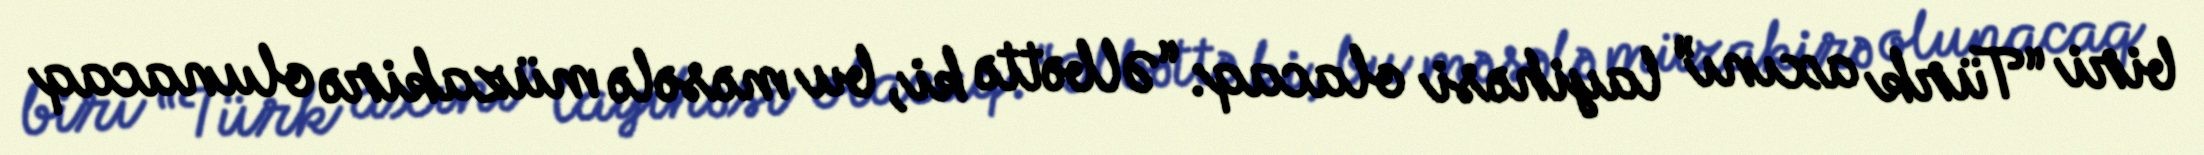
biri “Türk axını” layihəsi olacaq: “Əlbəttə ki, bu məsələ müzakirə olunacaq